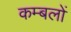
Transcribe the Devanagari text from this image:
कम्बलों